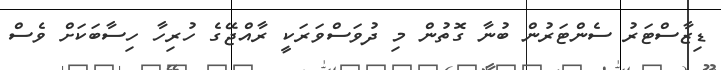
ޑިޒާސްޓަރު ސެންޓަރުން ބުނާ ގޮތުން މި ދުވަސްވަރަކީ ރާއްޖޭގެ ހުރިހާ ހިސާބަކަށް ވެސް